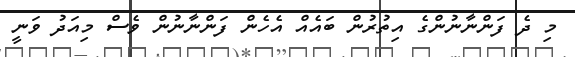
މި ދެ ފަންނާނުންގެ އިތުރުން ބައެއް އެހެން ފަންނާނުން ވެސް މިއަދު ވަނީ